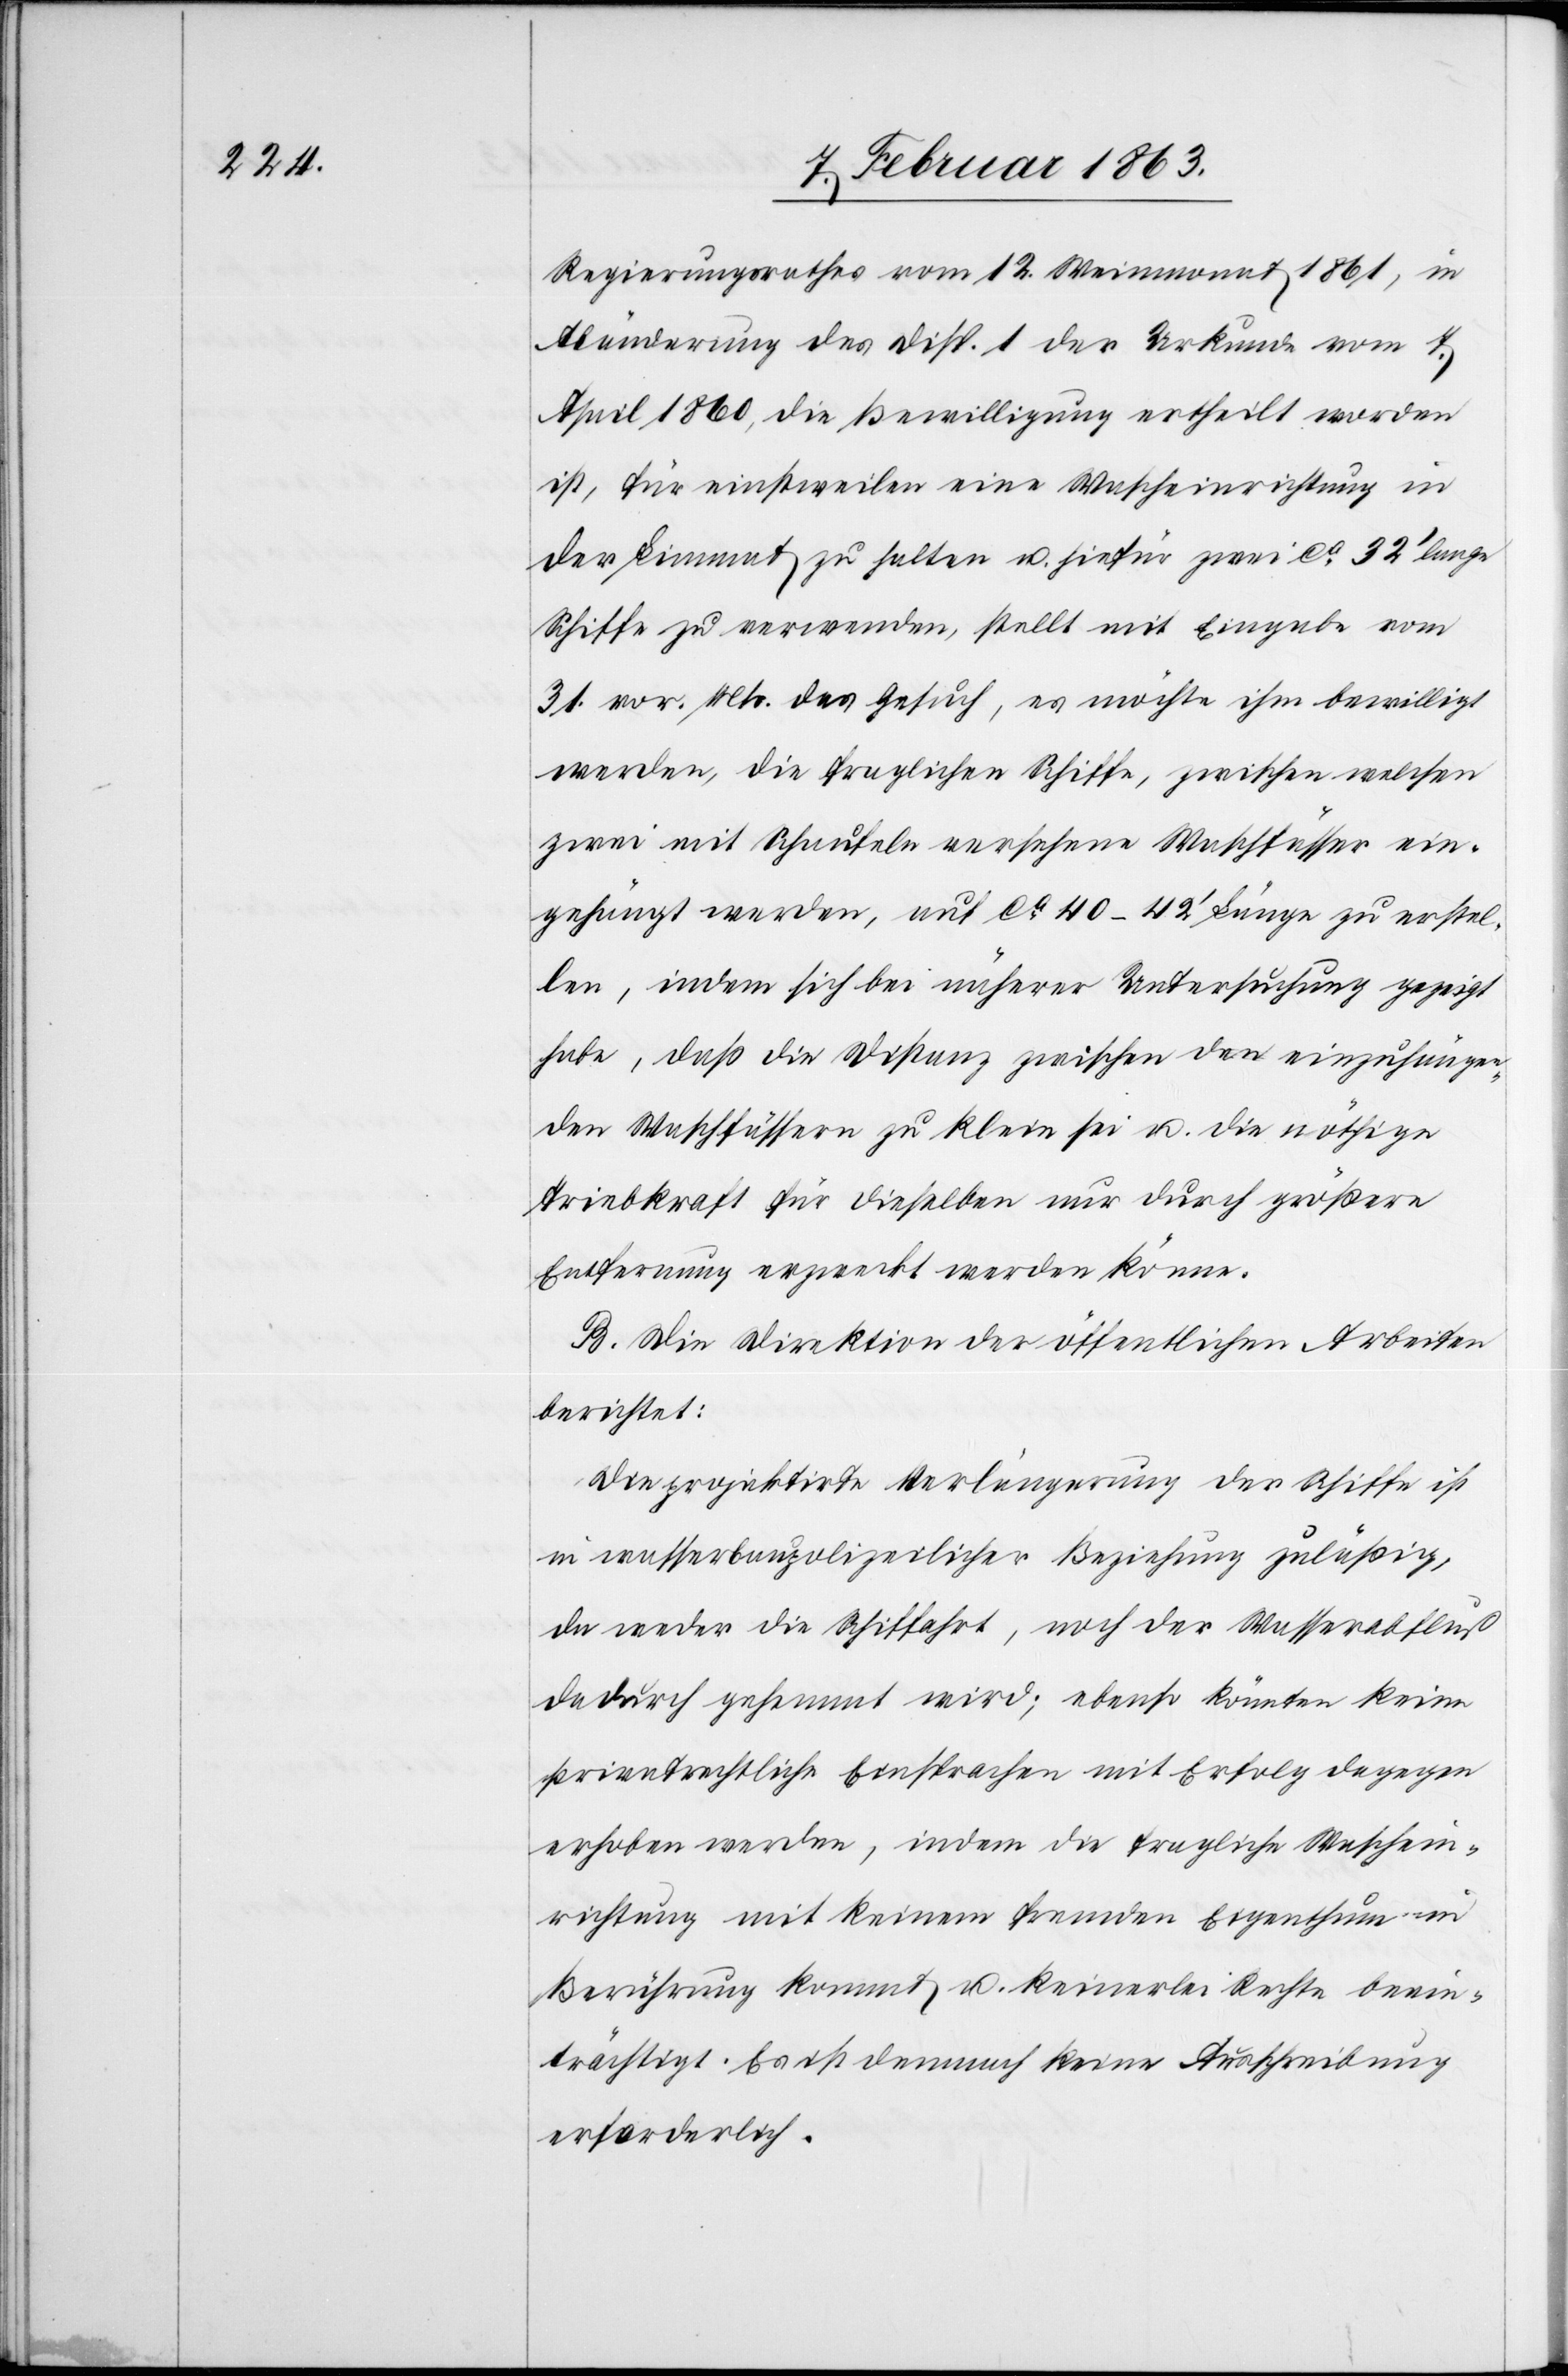
Regierungsrathes vom 12. Weinmonat 1861, in
Abänderung des Disp. 1 der Urkunde vom 7.
April 1860, die Bewilligung ertheilt worden
ist, für einstweilen eine Wascheinrichtung in
der Limmat zu halten u. hiefür zwei ca 32' lange
Schiffe zu verwenden, stellt mit Eingabe vom
31. vor. Mts. das Gesuch, es möchte ihm bewilligt
werden, die fraglichen Schiffe, zwischen welchen
zwei mit Schaufeln versehene Waschfässer ein¬
gehängt werden, auf ca 40–42' Länge zu erstel¬
len, indem sich bei näherer Untersuchung gezeigt
habe, daß die Distanz zwischen den einzuhängen¬
den Waschfässern zu klein sei u. die nöthige
Triebkraft für dieselben nur durch größere
Entfernung erzweckt werden könne.
B. Die Direktion der öffentlichen Arbeiten
berichtet:
Die projektirte Verlängerung der Schiffe ist
in wasserbaupolizeilicher Beziehung zuläßig,
da weder die Schiffahrt, noch der Wasserabfluß
dadurch gehemmt wird; ebenso könnten keine
privatrechtliche Einsprachen mit Erfolg dagegen
erhoben werden, indem die fragliche Waschein¬
richtung mit keinem fremden Eigenthum in
Berührung kommt u. keinerlei Rechte beein¬
trächtigt. Es ist demnach keine Ausschreibung
erforderlich.